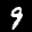
Digit: 9